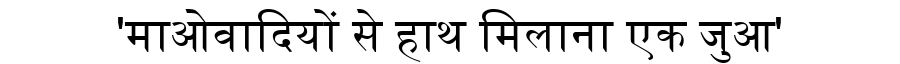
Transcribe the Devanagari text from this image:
'माओवादियों से हाथ मिलाना एक जुआ'